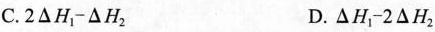
C. $$2 △ H _ { 1 } - △ H _ { 2 }$$ $$D. △ H _ { 1 } - 2 △ H _ { 4 }$$